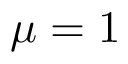
\mu = 1